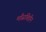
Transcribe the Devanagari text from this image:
माँसविहीन